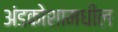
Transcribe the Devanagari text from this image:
अंडकोशामधील